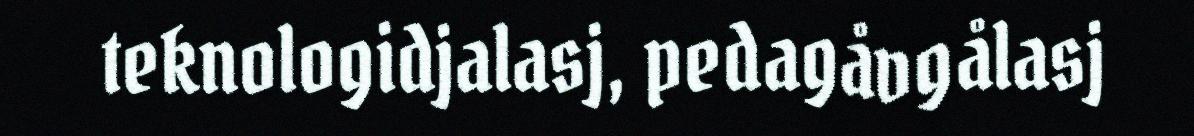
teknologidjalasj, pedagåvgålasj